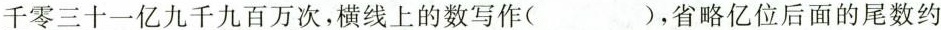
千零三十- 九千九百万次，横线上的数写作()，省略亿位后面的尾数约